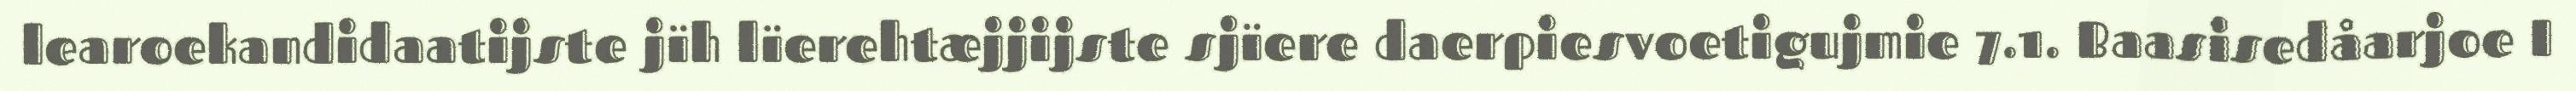
learoekandidaatijste jïh lïerehtæjjijste sjïere daerpiesvoetigujmie 7.1. Baasisedåarjoe I